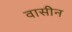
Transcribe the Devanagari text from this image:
वासीन